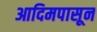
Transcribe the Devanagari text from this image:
आदिमपासून